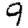
Digit: 9